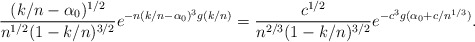
\begin{align*}\frac{(k/n - \alpha_0)^{1/2}}{n^{1/2}(1-k/n)^{3/2}} e^{-n(k/n-\alpha_0)^3 g(k/n)} = \frac{c^{1/2}}{n^{2/3}(1-k/n)^{3/2}} e^{-c^3 g(\alpha_0+c/n^{1/3})}. \end{align*}